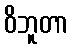
ဝိဘူတာ